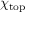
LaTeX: \chi _ { \mathrm { t o p } }